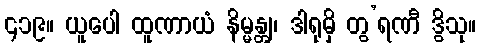
၄၁၉။ ယူပေါ ထူဏာယံ နိမ္မန္တျ၊ ဒါရုမှိ တွ’ရဏီ ဒွိသု။